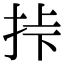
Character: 挊